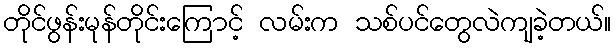
တိုင်ဖွန်းမုန်တိုင်းကြောင့် လမ်းက သစ်ပင်တွေလဲကျခဲ့တယ်။